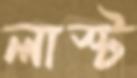
লাস্ট